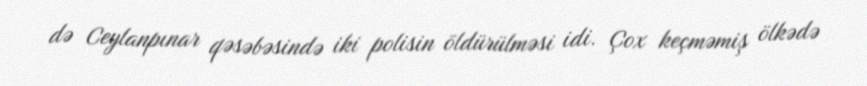
də Ceylanpınar qəsəbəsində iki polisin öldürülməsi idi. Çox keçməmiş ölkədə